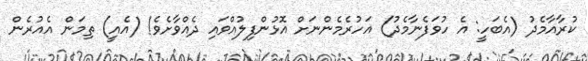
ކުރާއާމެދު (އެބަހީ: އެ ހުވަފެނާމެދު) އަހުރެމެންނަށް އޮޅުންފިލުއްވައި ދެއްވާށެވެ! (އެއީ) ތިމަން އެއުރެން